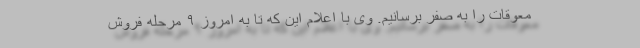
معوقات را به صفر برسانیم. وی با اعلام این که تا به امروز ۹ مرحله فروش